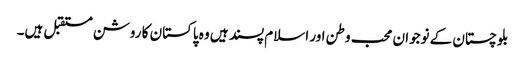
بلوچستان کے نوجوان محب وطن اور اسلام پسند ہیں وہ پاکستان کا روشن مستقبل ہیں۔